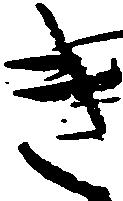
き